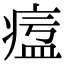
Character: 𤷷